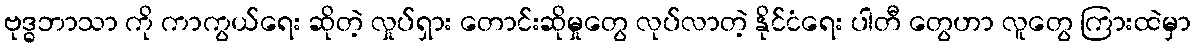
ဗုဒ္ဓဘာသာ ကို ကာကွယ်ရေး ဆိုတဲ့ လှုပ်ရှား တောင်းဆိုမှုတွေ လုပ်လာတဲ့ နိုင်ငံရေး ပါတီ တွေဟာ လူတွေ ကြားထဲမှာ